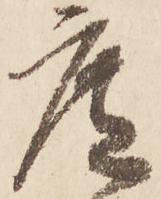
遮